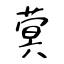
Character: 蓂